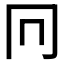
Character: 𠔽